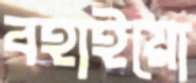
বহাইয়ো